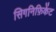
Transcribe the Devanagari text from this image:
सिगनिफ़िकेंट